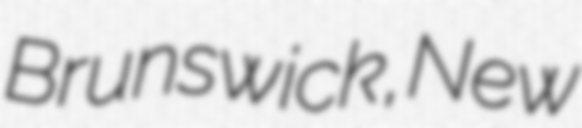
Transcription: Brunswick, New